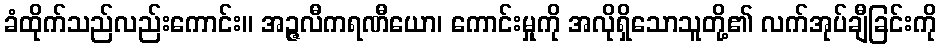
ခံထိုက်သည်လည်းကောင်း။ အဉ္ဇလီကရဏီယော၊ ကောင်းမှုကို အလိုရှိသောသူတို့၏ လက်အုပ်ချီခြင်းကို